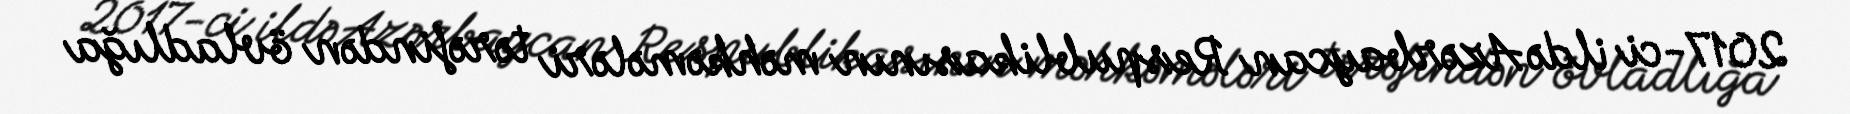
2017-ci ildə Azərbaycan Respublikasının məhkəmələri tərəfindən övladlığa